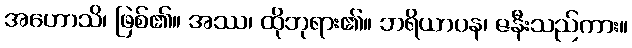
အဟောသိ၊ ဖြစ်၏။ အဿ၊ ထိုဘုရား၏။ ဘရိယာပန၊ ဇနီးသည်ကား။